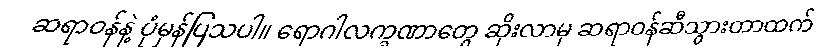
ဆရာဝန်နဲ့ ပုံမှန်ပြသပါ။ ရောဂါလက္ခဏာတွေ ဆိုးလာမှ ဆရာဝန်ဆီသွားတာထက်